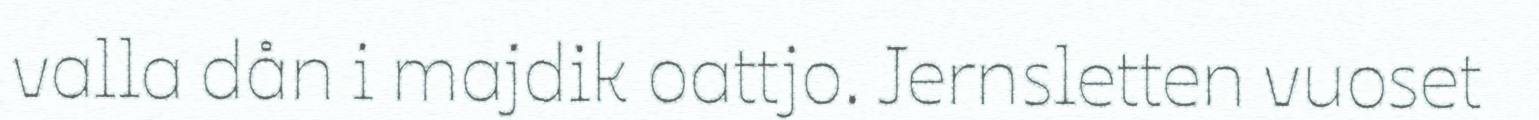
valla dån i majdik oattjo. Jernsletten vuoset